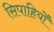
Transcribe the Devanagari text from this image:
सिपाहियोँ